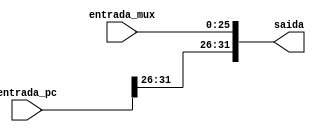
module concat(entrada_pc,entrada_mux, saida);
input [31:0] entrada_pc;
input [25:0] entrada_mux;

output [31:0] saida;

assign saida = {entrada_pc[31:26],entrada_mux};

endmodule